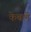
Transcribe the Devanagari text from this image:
केबलें